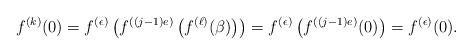
LaTeX: \begin{align*}f^{(k)}(0) =f^{(\epsilon)} \left( f^{((j-1)e)} \left(f^{(\ell)}(\beta) \right) \right)= f^{(\epsilon)} \left( f^{((j-1)e)}(0) \right) = f^{(\epsilon)}(0).\end{align*}